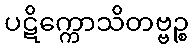
ပဋိက္ကောသိတဗ္ဗဉ္စ